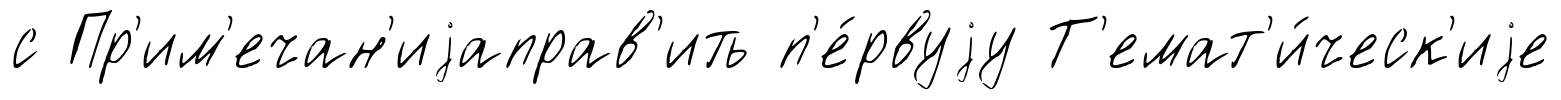
с Пр'им'ечан'иjаправ'ить п'е́рвуjу Т'емат'и́ческ'иjе